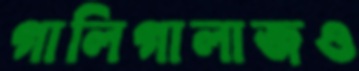
গালিগালাজও